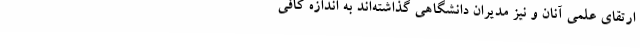
ارتقای علمی آنان و نیز مدیران دانشگاهی گذاشته‌اند به اندازه کافی